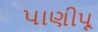
પાણીપૂ